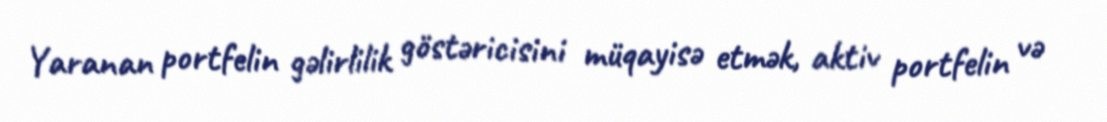
Yaranan portfelin gəlirlilik göstəricisini müqayisə etmək, aktiv portfelin və